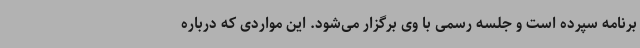
برنامه سپرده است و جلسه رسمی با وی برگزار می‌شود. این مواردی که درباره